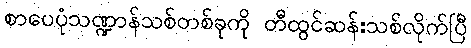
စာပေပုံသဏ္ဍာန်သစ်တစ်ခုကို တီထွင်ဆန်းသစ်လိုက်ပြီ